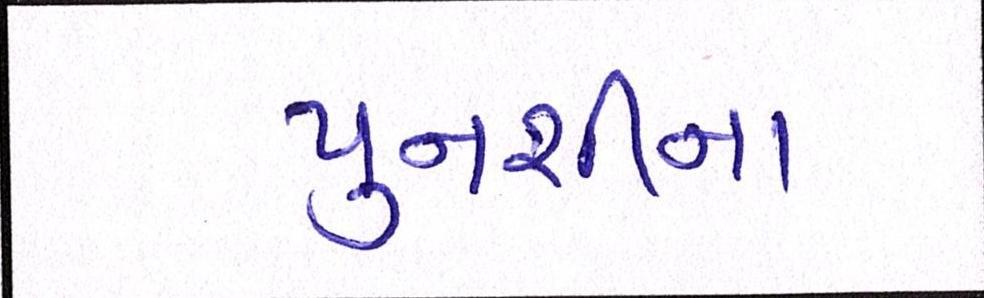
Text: પુનશીના